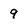
Character: 9